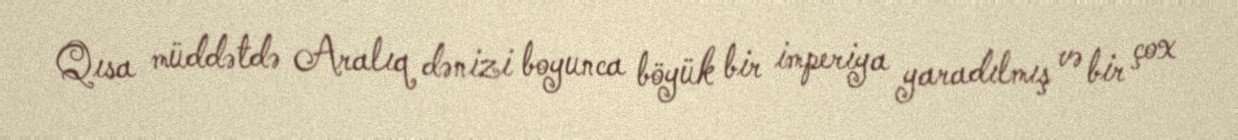
Qısa müddətdə Aralıq dənizi boyunca böyük bir imperiya yaradılmış və bir çox